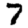
Digit: 7